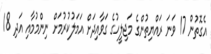
އެގޮތުން 17 ވަނަ ރައްޔިތުންގެ މަޖިލީހުގެ ގަވާއިދަށް އަމަލުކުރުމަށް ނިންމުމާއި އަދި 18